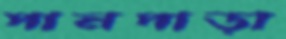
পানপাড়া